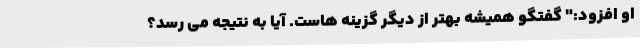
او افزود:" گفتگو همیشه بهتر از دیگر گزینه هاست. آیا به نتیجه می رسد؟